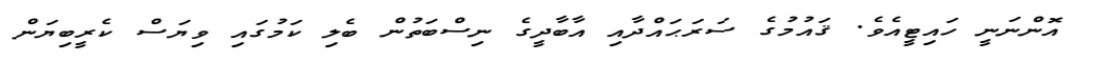
އޮންނަނީ ހައިޓީއެވެ. ޤައުމުގެ ސަރަޙައްދާއި އާބާދީގެ ނިސްބަތުން ބެލި ކަމުގައި ވިޔަސް ކެރީބިޔަން